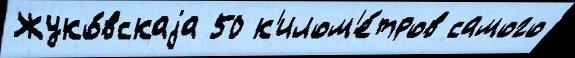
Жуко́вскаjа 50 к'илом'е́тров самого